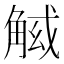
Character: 𧣱